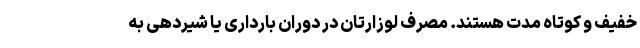
خفیف و کوتاه مدت هستند. مصرف لوزارتان در دوران بارداری یا شیردهی به